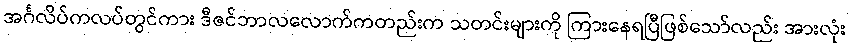
အင်္ဂလိပ်ကလပ်တွင်ကား ဒီဇင်ဘာလလောက်ကတည်းက သတင်းများကို ကြားနေရပြီဖြစ်သော်လည်း အားလုံး